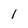
Character: 1